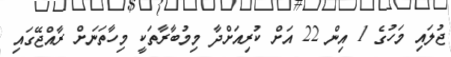
ޖުލައި މަހުގެ 1 އިން 22 އަށް ކުރިއަށްދާ މިމުބާރާތަކީ މިހާތަނަށް ރާއްޖޭގައި